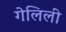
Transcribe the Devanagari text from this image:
गेलिली